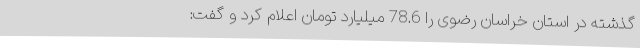
گذشته در استان خراسان رضوی را 78.6 میلیارد تومان اعلام کرد و گفت: